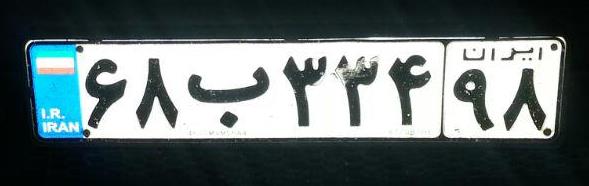
۶۸ب۳۳۴۹۸